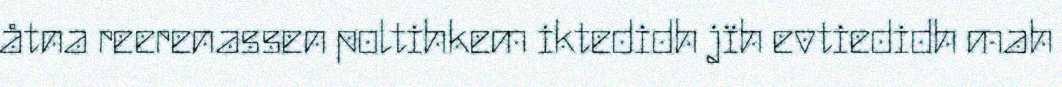
åtna reerenassen poltihkem iktedidh jïh evtiedidh mah